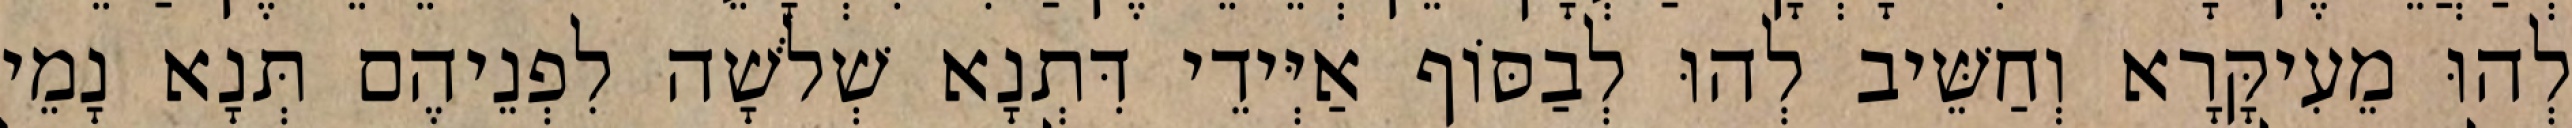
לְהוּ מֵעִיקָּרָא וְחַשֵּׁיב לְהוּ לְבַסּוֹף אַיְּידֵי דִּתְנָא שְׁלֹשָׁה לִפְנֵיהֶם תְּנָא נָמֵי